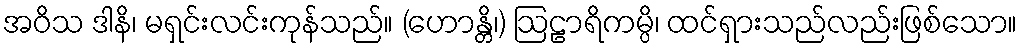
အဝိသ ဒါနိ၊ မရှင်းလင်းကုန်သည်။ (ဟောန္တိ၊) ဩဠာရိကမ္ပိ၊ ထင်ရှားသည်လည်းဖြစ်သော။